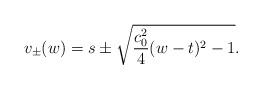
LaTeX: \begin{align*} v_\pm(w) = s \pm \sqrt{\frac{c_0^2}{4}(w - t)^2 - 1}.\end{align*}